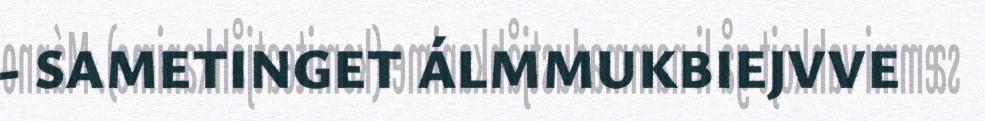
- SAMETINGET ÁLMMUKBIEJVVE